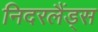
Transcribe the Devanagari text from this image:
निदरलैंड्स